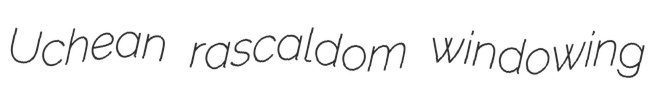
Uchean rascaldom windowing